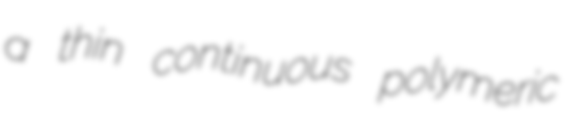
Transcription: a thin continuous polymeric